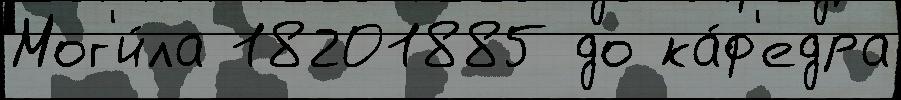
Мог'и́ла 18201885 до ка́ф'едра